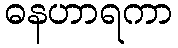
ဓနဟာရကာ